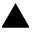
\blacktriangle